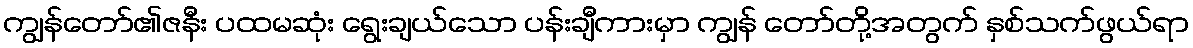
ကျွန်တော်၏ဇနီး ပထမဆုံး ရွေးချယ်သော ပန်းချီကားမှာ ကျွန် တော်တို့အတွက် နှစ်သက်ဖွယ်ရာ